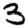
Digit: 3